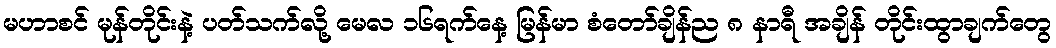
မဟာစင် မုန်တိုင်းနဲ့ ပတ်သက်လို့ မေလ ၁၆ရက်နေ့ မြန်မာ စံတော်ချိန်ည ၈ နာရီ အချိန် တိုင်းထွာချက်တွေ